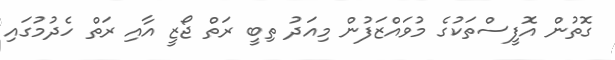
ގޮތުން އޮފީސްތަކުގެ މުވައްޒަފުން މިއަދު ތިބީ ރަތް ޖޯޒީ އާއި ރަތް ހެދުމުގައި